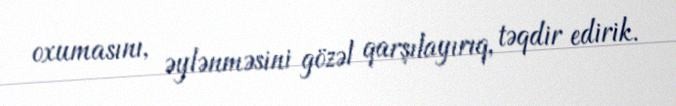
oxumasını, əylənməsini gözəl qarşılayırıq, təqdir edirik.